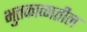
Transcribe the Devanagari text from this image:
भुतकाळातील